Bréfritari: Margrét Eiríksdóttir
Viðtakandi: Jón Borgfirðings Jónsson
Dagsetning: A-1890-03-07
Skrifað á: Lækjamóti  V-Hún.

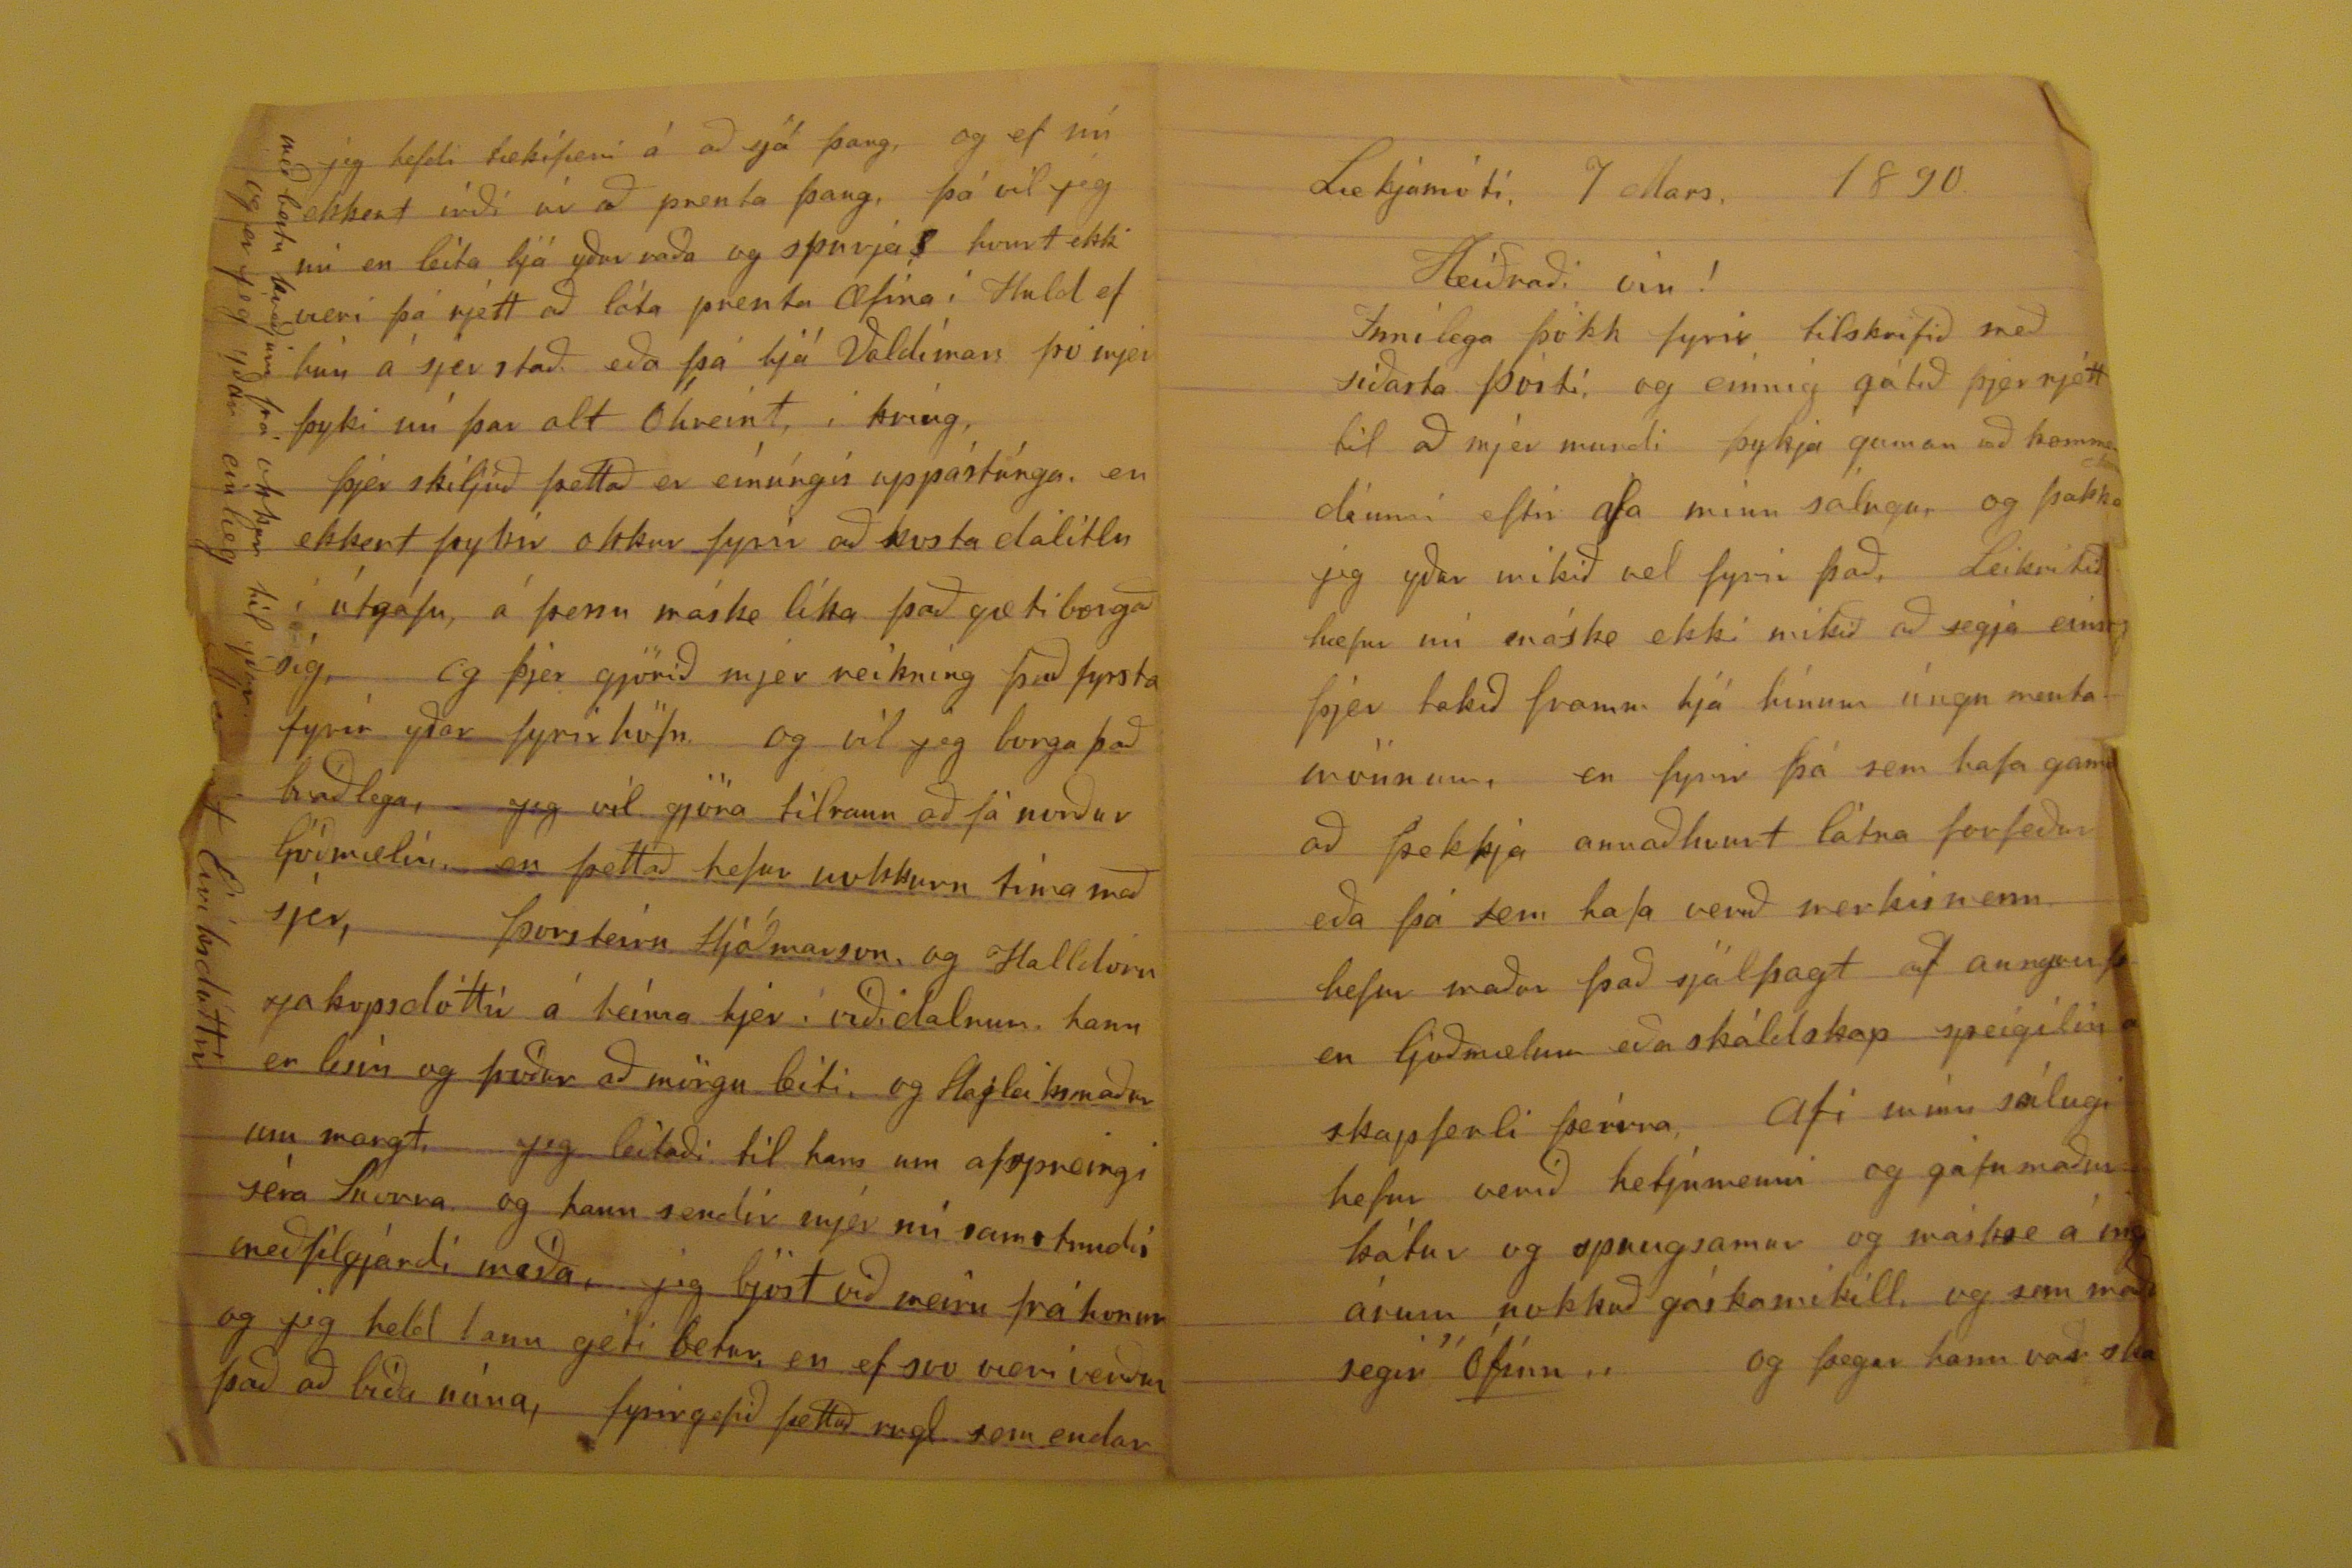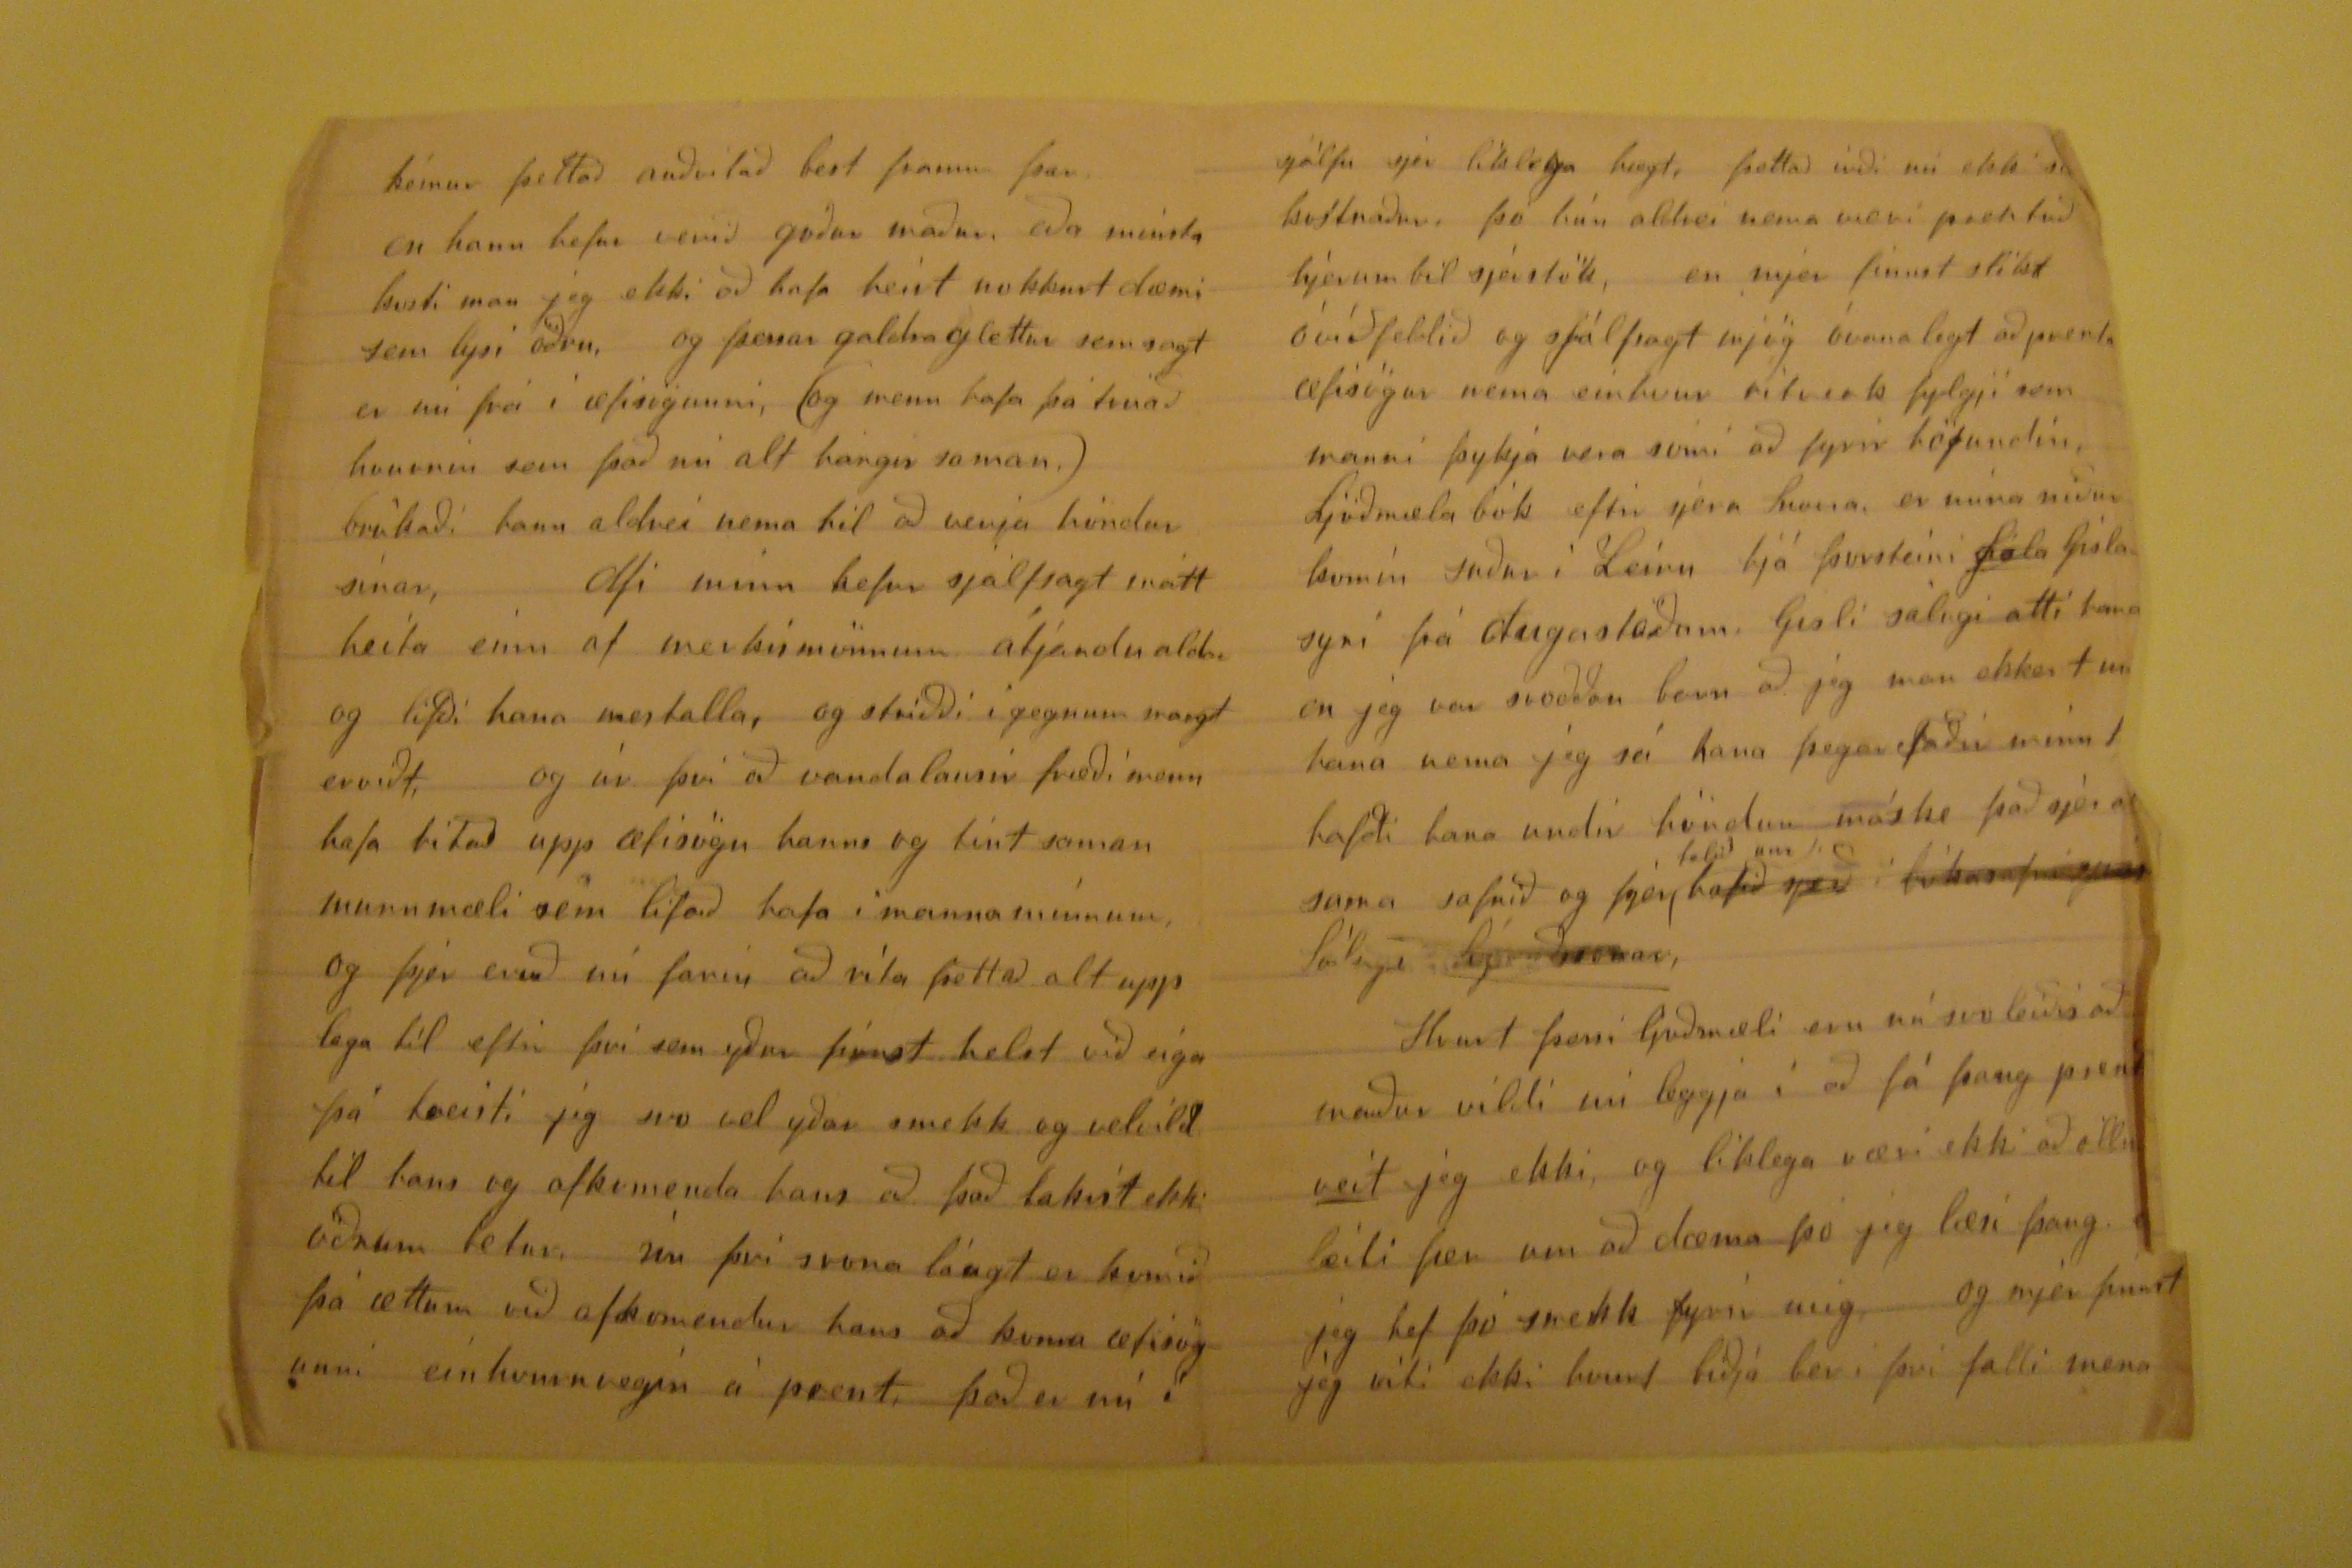

Lækjamóti, 7 Mars, 1890
Heiðraði vin!
Innilega þökk fyrir tilskrifið með síðasta pósti, og einnig gátuð þjer rjett til að mjer mundi þykja gaman að
komma dómi
eftir afa minn sáluga, og þakka jeg yður mikið vel fyrir það, Leikritið hæfur nú máske ekki mikið að segja
einsog
þjer takið framm hjá hinum úngu mentamönnum, en fyrir þá sem hafa gaman að þekkja annaðhvurt látna forfeður eða þá sem hafa verið merkimenn hefur maður það sjálfsagt af aungvu
þ
en ljóðmælum eða skáldskap speigilin
a?
skapferði þeirra, Afi minn sálugi hefur verið hetjumenni og gáfu maður kátur og spaugsamur og mákse á
ingri
árum nokkuð gáskamikill, og sem maður segir "Ófínn" og þega rhann var
ska
kémur þettað auðvitað best framm þar en hann hefur veirð góður maður, eða minsta kosti man jeg ekki að hafa heirt nokkurt dæmi sem lysi öðru, og þessar galdraglettur sem sagt er nú frá i æfisögunni, (og menn hafa þá truað hvurnin sem það nú alt hangir saman.) brúkaði hann aldrei nema til að verja
hondur
sínar, Afi minn hefur sjálfsagt mátt heita einn af merkismönnum átjándu aldar og lifði hana mestalla, og striðði í gegnum margt erviðt, og úr þvi að vandalausir færði menn hafa
ritað
upp æfisögu hanns og tint saman munnmæli sem lifað hafa i manna minnum og þjer eruð nú farin að rita þettað alt upp laga til eftir því sem yður
finnst
helst við eiga þá treisti jeg svo vel yðar smekk og velvild til hans og afkomenda hans að það takist ekki öðrum betur. nú þvi svona lángt er komið þá ættum við afkomendur hans að koma æfisögunni einhvurnvegin á prent, það er nú
í
sjálfu sjer líklega hægt, þettað irði nú ekki
s?? kvítnaður
, þó hún aldrei nema væri prentuð hjerum bil sjerstök, en mjer finnst slíkt óvíðfeldið og sjálfsagt mjög óvanalegt að prenta æfisögur nema einhvur ritverk fylgji sem manni þykja vera somi að fyrir höfundin, Ljóðmæla bók eftir sjera Snorra, er núna niður komin suður i Leiru hjá Þorsteini
Góla
Gíslasyni frá
Dugastöðum
, Gísli sálugi atti hana en jeg var svoððan barn að jeg man ekkert um hana nema jeg sá hana þegar Faðir minn
??
hafði hanaundir höndun máske það sje
??
sama safnið og þjer
talið um
hafið sjeð i bókasafni sjera Sáluga Sigurðssonar
Hvurt þessi ljoðmæli eru nú svo lieðis að maður vildi nú leggja í að fá þaug prent
?
veit
jeg ekki, og liklega væri ekki að öllu leiti fær um að dæma þó jeg læri þaug.
??
jeg hef þó smekk fyrir mig, og mjer finst jeg viti ekki hvurt biðja ber i þvi falli mena
jeg hefdi tækifæri á að sjá þaug, og ef nú ekkert irði úr að prenta þaug, þó vil jeg nú en leita hjá yður ráða og spurja? hvurt ekki væri þá rjett að láta prenta Æfina í Huld ef hún á sjer stað. eða þá hjá Valdimars þó mjer þyki nú þar alt Óhreint, í kring, Þjer skiljið þettað er eínúngis uppástúnga. en ekkert þykir okkur fyrir að kosta dálitlu í útgáfu, á þessu máske líka það gæti borgað sig, og þjer gjörið mjer reikning það fyrsta fyrir yðar fyrirhöfn og vil jeg borga það bráðlega, Jeg vil gjöra tilraun að fá norður ljóðmælin, en þettað hefur nokkurn tíma með sjer, Þorsteirn Hjóðmarson, og Halldoru Jakopsdóttir á heima hjer í víðidalnum. hann er lesin og fróður að mörgu leiti, og
Hagla??maður
um margt, Jeg leitaði til hans um afspreingi séra Snorra. og hann sendir mjer nú samstundis meðfilgjandi meiða, jeg bjóst við meiru frá honum og jeg held hann geti betur, en ef svo væri verður það að bíða núna, fyrirgefið þettað rugl sem endar
með bestu kveðjum frá okkur til yðar og er jeg yðar einlæg
Margrjet
Eiríksdóttir